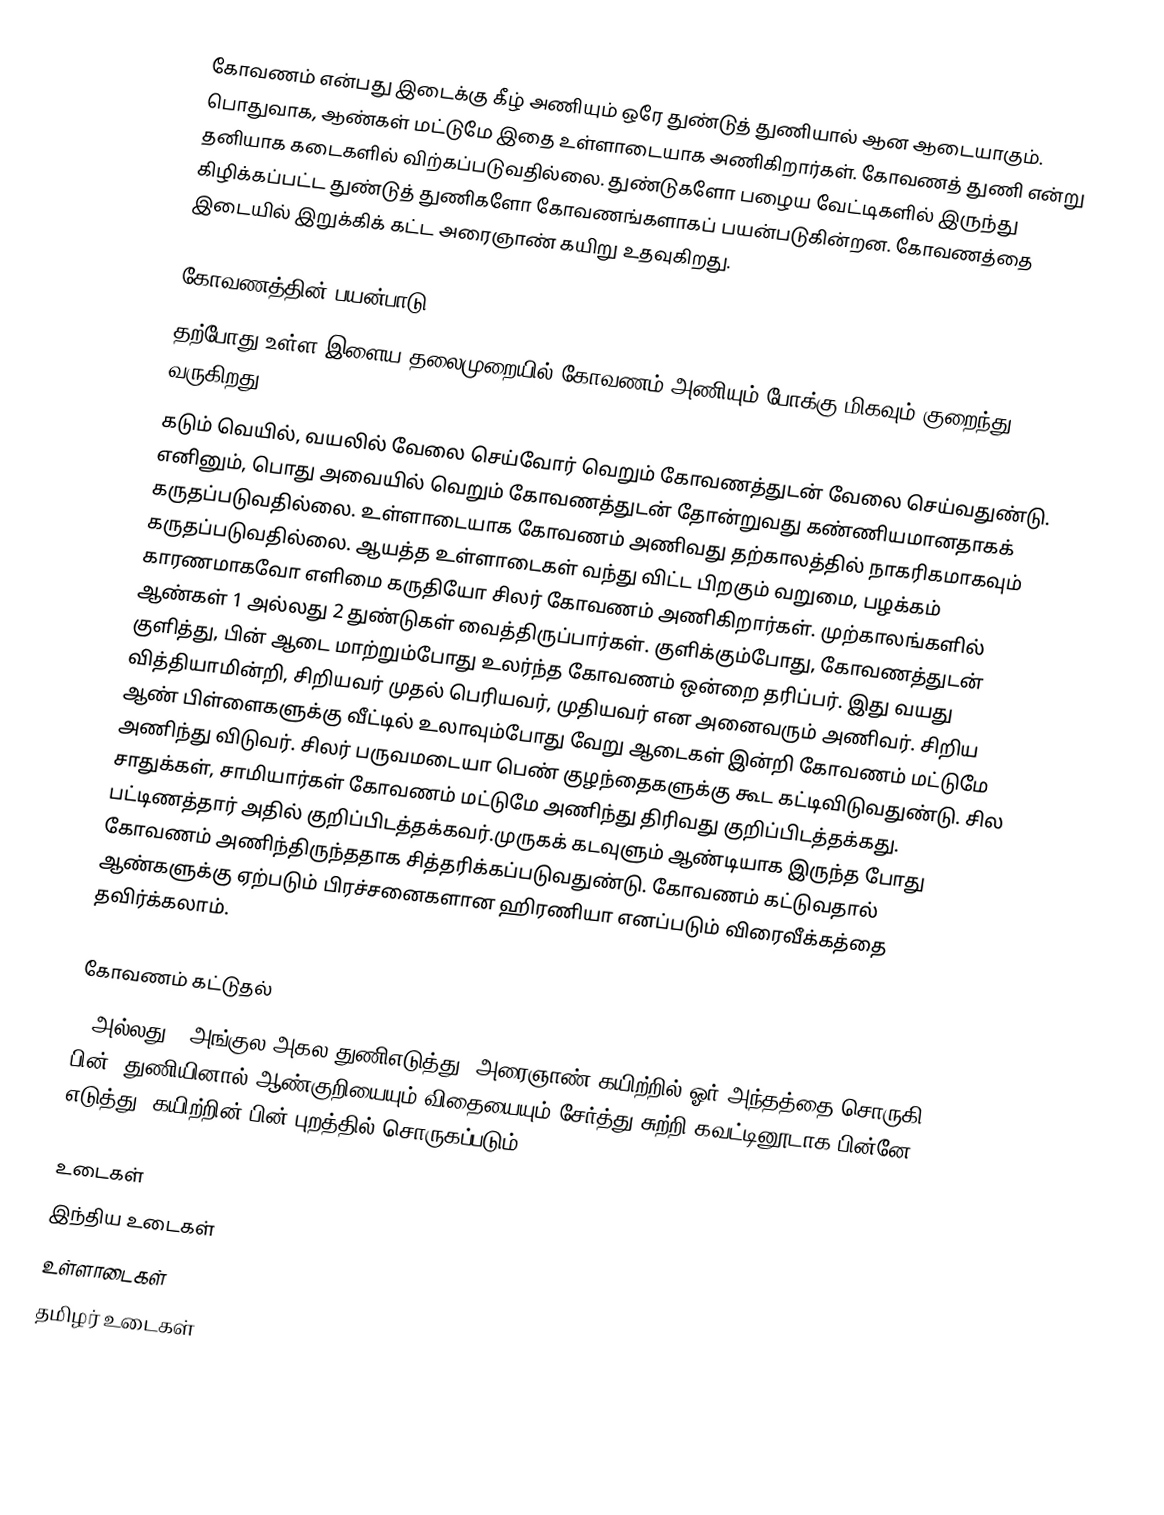
கோவணம் என்பது இடைக்கு கீழ் அணியும் ஒரே துண்டுத் துணியால் ஆன ஆடையாகும். பொதுவாக, ஆண்கள் மட்டுமே இதை உள்ளாடையாக அணிகிறார்கள். கோவணத் துணி என்று தனியாக கடைகளில் விற்கப்படுவதில்லை. துண்டுகளோ பழைய வேட்டிகளில் இருந்து கிழிக்கப்பட்ட துண்டுத் துணிகளோ கோவணங்களாகப் பயன்படுகின்றன. கோவணத்தை இடையில் இறுக்கிக் கட்ட அரைஞாண் கயிறு உதவுகிறது.

கோவணத்தின் பயன்பாடு
தற்போது உள்ள இளைய தலைமுறையில் கோவணம் அணியும் போக்கு மிகவும் குறைந்து வருகிறது.
கடும் வெயில், வயலில் வேலை செய்வோர் வெறும் கோவணத்துடன் வேலை செய்வதுண்டு. எனினும், பொது அவையில் வெறும் கோவணத்துடன் தோன்றுவது கண்ணியமானதாகக் கருதப்படுவதில்லை. உள்ளாடையாக கோவணம் அணிவது தற்காலத்தில் நாகரிகமாகவும் கருதப்படுவதில்லை. ஆயத்த உள்ளாடைகள் வந்து விட்ட பிறகும் வறுமை, பழக்கம் காரணமாகவோ எளிமை கருதியோ சிலர் கோவணம் அணிகிறார்கள். முற்காலங்களில் ஆண்கள் 1 அல்லது 2 துண்டுகள் வைத்திருப்பார்கள். குளிக்கும்போது, கோவணத்துடன் குளித்து, பின் ஆடை மாற்றும்போது உலர்ந்த கோவணம் ஒன்றை தரிப்பர். இது வயது வித்தியாமின்றி, சிறியவர் முதல் பெரியவர், முதியவர் என அனைவரும் அணிவர். சிறிய ஆண் பிள்ளைகளுக்கு வீட்டில் உலாவும்போது வேறு ஆடைகள் இன்றி கோவணம் மட்டுமே அணிந்து விடுவர். சிலர் பருவமடையா பெண் குழந்தைகளுக்கு கூட கட்டிவிடுவதுண்டு. சில சாதுக்கள், சாமியார்கள் கோவணம் மட்டுமே அணிந்து திரிவது குறிப்பிடத்தக்கது. பட்டிணத்தார் அதில் குறிப்பிடத்தக்கவர்.முருகக் கடவுளும் ஆண்டியாக இருந்த போது கோவணம் அணிந்திருந்ததாக சித்தரிக்கப்படுவதுண்டு. கோவணம் கட்டுவதால் ஆண்களுக்கு ஏற்படும் பிரச்சனைகளான ஹிரணியா எனப்படும் விரைவீக்கத்தை தவிர்க்கலாம்.

கோவணம் கட்டுதல்
5 அல்லது 6 அங்குல அகல துணிஎடுத்து, அரைஞாண் கயிற்றில் ஓர் அந்தத்தை சொருகி பின், துணியினால் ஆண்குறியையும் விதையையும் சேர்த்து சுற்றி கவட்டினூடாக பின்னே எடுத்து, கயிற்றின் பின் புறத்தில் சொருகப்படும்.

உடைகள்
இந்திய உடைகள்
உள்ளாடைகள்
தமிழர் உடைகள்